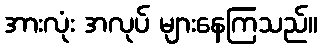
အားလုံး အလုပ် များနေကြသည်။